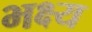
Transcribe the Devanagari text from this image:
भक्ष्‍य